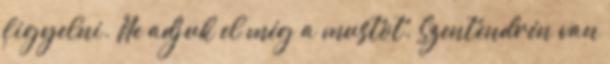
figyelni. Ne adjuk el még a mustot. Szentendrén van